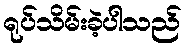
ရုပ်သိမ်းခဲ့ပါသည်